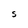
Character: S